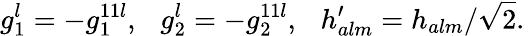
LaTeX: g_{1}^{l}=-g_{1}^{11l},~~\: g_{2}^{l}=-g_{2}^{11l},~~\: h_{alm}^{\prime}=h_{alm}/\sqrt{2}.\: